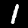
Digit: 1